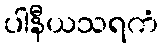
ပါနီယသရကံ